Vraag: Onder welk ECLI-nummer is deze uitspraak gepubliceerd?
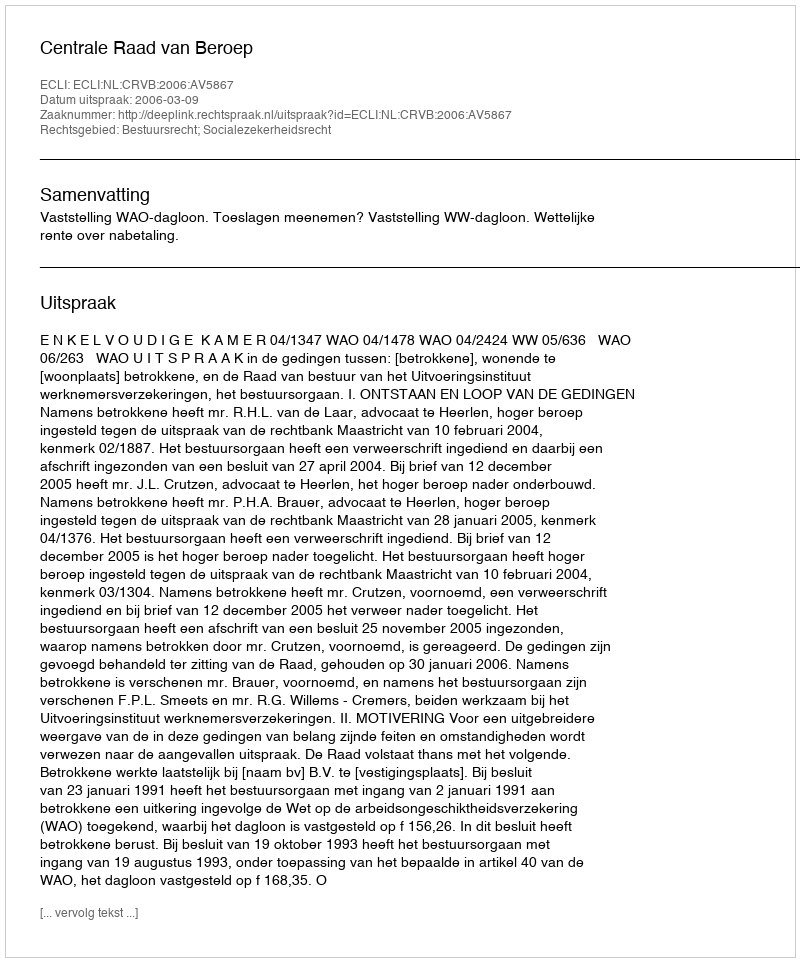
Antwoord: ECLI:NL:CRVB:2006:AV5867